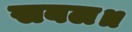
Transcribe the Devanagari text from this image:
सबल॥